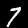
Digit: 7